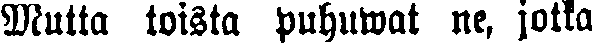
Mutta toista puhuvat ne, jotka